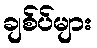
ချစ်ပ်များ